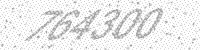
Solution: 764300